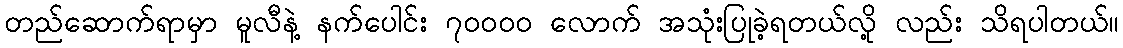
တည်ဆောက်ရာမှာ မူလီနဲ့ နက်ပေါင်း ၇၀၀၀၀ လောက် အသုံးပြုခဲ့ရတယ်လို့ လည်း သိရပါတယ်။